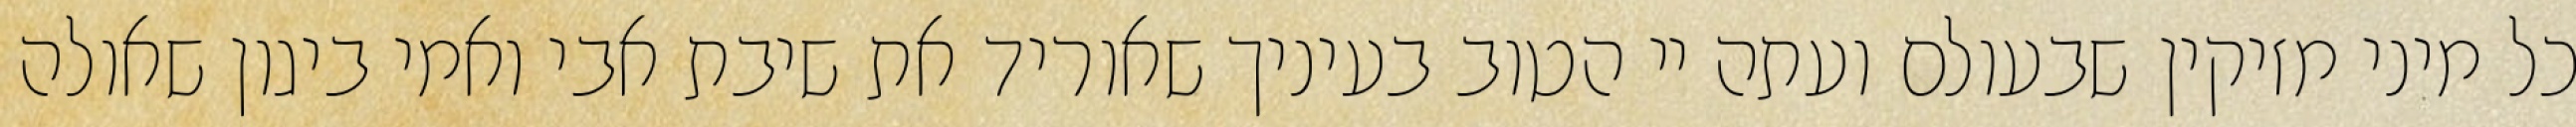
כל מיני מזיקין שבעולם ועתה יי הטוב בעיניך שאוריד את שיבת אבי ואמי ביגון שאולה